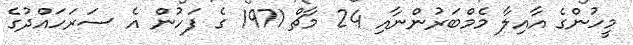
މީހުންގެ އާއިލާ މެމްބަރުންނާއި 24 މާޗް 1971 ގެ ފަހުން އެ ސަރަހައްދުގެ